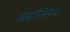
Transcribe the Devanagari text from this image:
असोसियशन